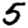
Digit: 5